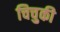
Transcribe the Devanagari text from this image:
चिचुकी